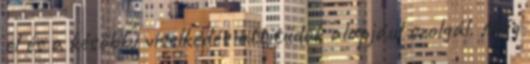
el és a későbbi viselkedés attitűdök alapjául szolgál. Még